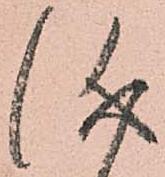
儀